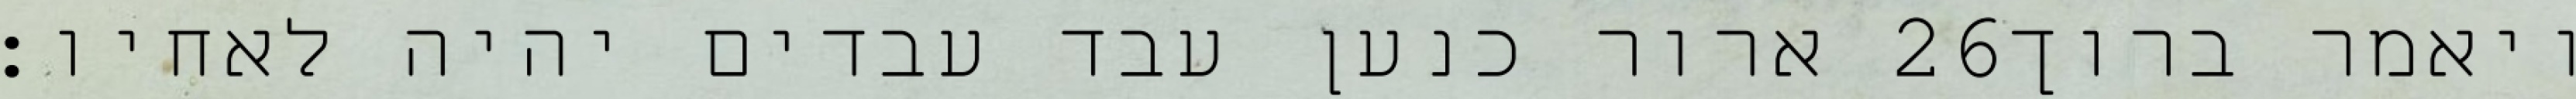
ארור כנען עבד עבדים יהיה לאחיו׃ ‎26‏ ויאמר ברוך